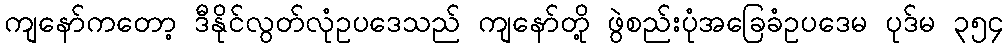
ကျနော်ကတော့ ဒီနိုင်လွတ်လုံဥပဒေသည် ကျနော်တို့ ဖွဲစည်းပုံအခြေခံဥပဒေမ ပုဒ်မ ၃၅၄